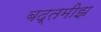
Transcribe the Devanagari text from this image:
बद्तमीझ